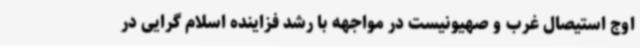
اوج استیصال غرب و صهیونیست در مواجهه با رشد فزاینده اسلام گرایی در